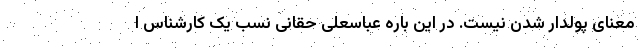
معنای پولدار شدن نیست. در این باره عباسعلی حقانی نسب یک کارشناس ا